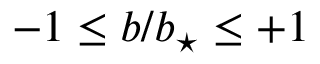
- 1 \leq b / \ensuremath { b _ { \star } } \leq + 1